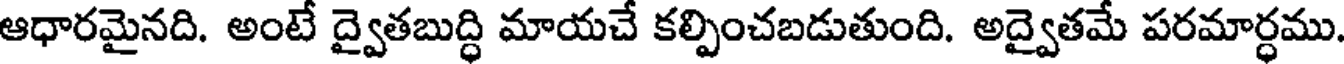
ఆధారమైనది. అంటే ద్వైతబుద్ధి మాయచే కల్పించబడుతుంది. అద్వైతమే పరమార్ధము.